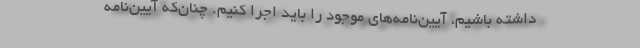
داشته باشیم، آیین‌نامه‌های موجود را باید اجرا کنیم. چنان‌که آیین‌نامه